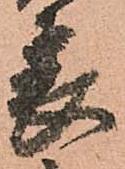
表